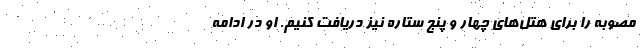
مصوبه را برای هتل‌های چهار و پنج ستاره نیز دریافت کنیم. او در ادامه